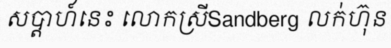
សប្តាហ៍នេះ លោកស្រីSandberg លក់ហ៊ុន